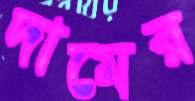
দামের